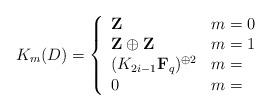
LaTeX: \begin{align*}K_{m}(D)=\left\{\begin{array}[c]{ll}\mathbf{Z} & m=0\\\mathbf{Z}\oplus\mathbf{Z} & m=1\\(K_{2i-1}\mathbf{F}_{q})^{\oplus2} & m=\\0 & m=\end{array}\right. \end{align*}